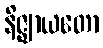
နိဇ္ဈာယတော